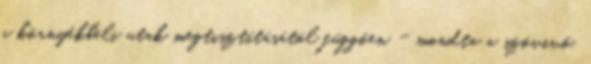
a környékbeli utak megtisztításától függően - mondta a szóvivő.